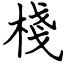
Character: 棧